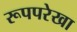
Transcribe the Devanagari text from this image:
रूपपरेखा